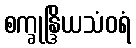
စက္ခုန္ဒြိယသံဝရံ